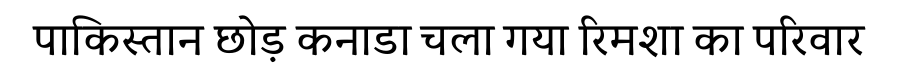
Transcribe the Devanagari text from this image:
पाकिस्तान छोड़ कनाडा चला गया रिमशा का परिवार